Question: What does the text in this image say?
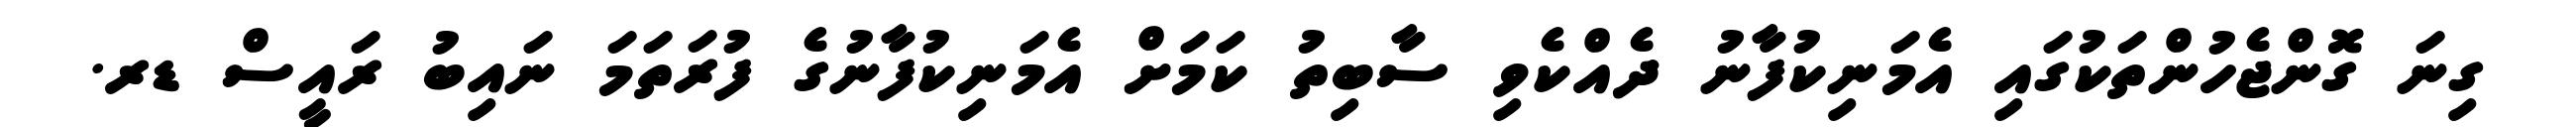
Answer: ގިނަ ގޮންޖެހުންތަކުގައި އެމަނިކުފާނު ދެއްކެވި ސާބިތު ކަމަށް އެމަނިކުފާނުގެ ފުރަތަމަ ނައިބު ރައީސް ޑރ.